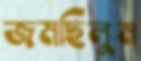
জমছিলুম